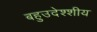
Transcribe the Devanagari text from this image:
बहुउदेश्शीय